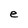
Character: e